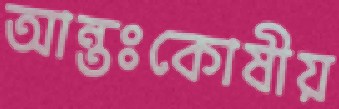
আন্তঃকোষীয়